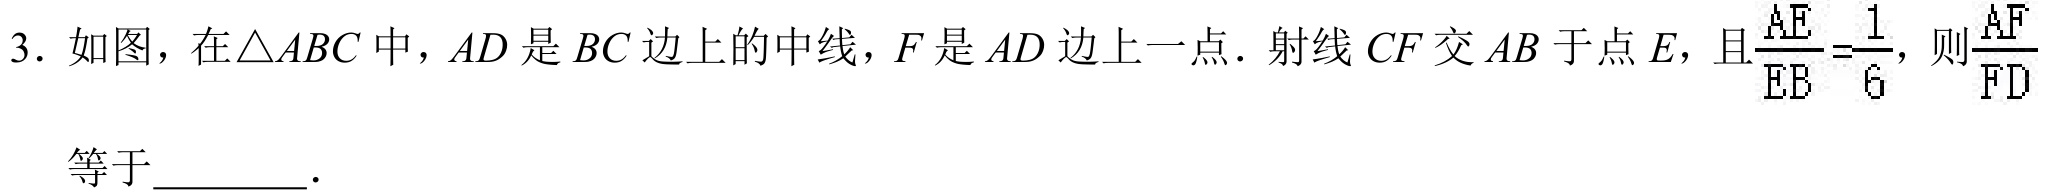
3. 如图，在\(\triangle ABC\)中，\(AD\)是\(BC\)边上的中线，\(F\)是\(AD\)边上一点．射线\(CF\)交\(AB\)于点\(E\)，且\(\frac{AE}{EB}=\frac{1}{6}\)，则\(\frac{AF}{FD}\)等于\underline{\qquad}．